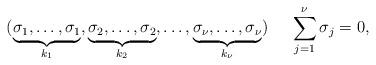
LaTeX: \begin{align*}(\underbrace{\sigma_1,\ldots ,\sigma_1}_{k_1},\underbrace{\sigma_2,\ldots , \sigma_2}_{k_2}, \ldots ,\underbrace{\sigma_{\nu},\ldots ,\sigma_{\nu}}_{k_{\nu}})\ \ \ \ \sum_{j=1}^{\nu} \sigma_j = 0,\end{align*}